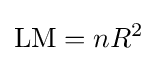
{\text{LM}}=nR^{2}